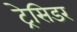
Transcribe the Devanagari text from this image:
ट्रेसिडर